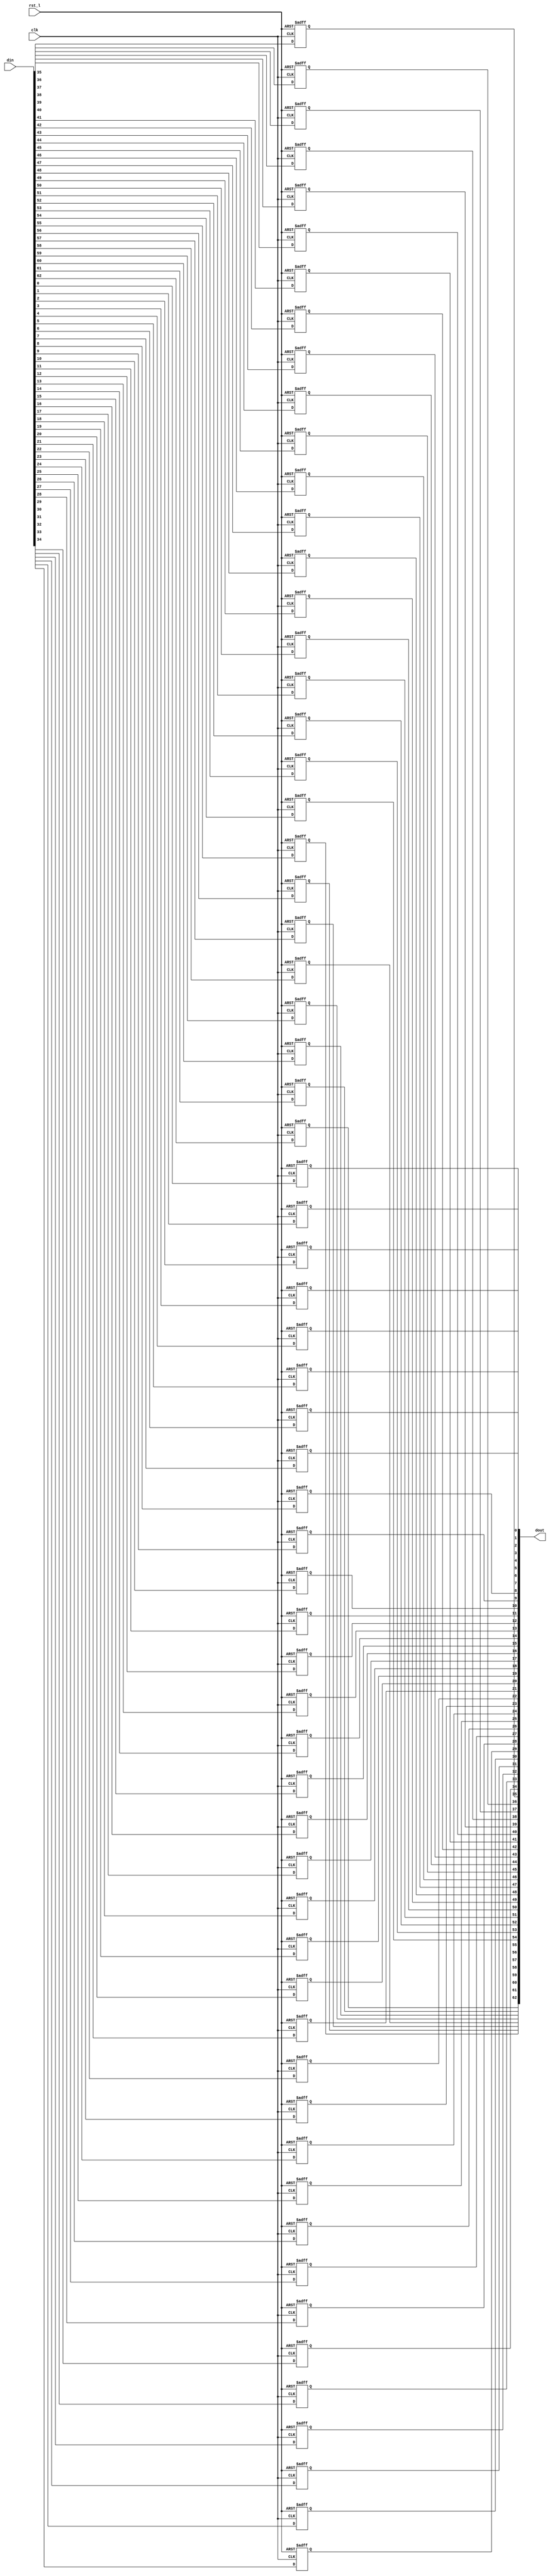
module rvdff_WIDTH63
(
  din,
  clk,
  rst_l,
  dout
);

  input [62:0] din;
  output [62:0] dout;
  input clk;
  input rst_l;
  wire N0;
  reg [62:0] dout;

  always @(posedge clk or posedge N0) begin
    if(N0) begin
      dout[62] <= 1'b0;
    end else if(1'b1) begin
      dout[62] <= din[62];
    end
  end


  always @(posedge clk or posedge N0) begin
    if(N0) begin
      dout[61] <= 1'b0;
    end else if(1'b1) begin
      dout[61] <= din[61];
    end
  end


  always @(posedge clk or posedge N0) begin
    if(N0) begin
      dout[60] <= 1'b0;
    end else if(1'b1) begin
      dout[60] <= din[60];
    end
  end


  always @(posedge clk or posedge N0) begin
    if(N0) begin
      dout[59] <= 1'b0;
    end else if(1'b1) begin
      dout[59] <= din[59];
    end
  end


  always @(posedge clk or posedge N0) begin
    if(N0) begin
      dout[58] <= 1'b0;
    end else if(1'b1) begin
      dout[58] <= din[58];
    end
  end


  always @(posedge clk or posedge N0) begin
    if(N0) begin
      dout[57] <= 1'b0;
    end else if(1'b1) begin
      dout[57] <= din[57];
    end
  end


  always @(posedge clk or posedge N0) begin
    if(N0) begin
      dout[56] <= 1'b0;
    end else if(1'b1) begin
      dout[56] <= din[56];
    end
  end


  always @(posedge clk or posedge N0) begin
    if(N0) begin
      dout[55] <= 1'b0;
    end else if(1'b1) begin
      dout[55] <= din[55];
    end
  end


  always @(posedge clk or posedge N0) begin
    if(N0) begin
      dout[54] <= 1'b0;
    end else if(1'b1) begin
      dout[54] <= din[54];
    end
  end


  always @(posedge clk or posedge N0) begin
    if(N0) begin
      dout[53] <= 1'b0;
    end else if(1'b1) begin
      dout[53] <= din[53];
    end
  end


  always @(posedge clk or posedge N0) begin
    if(N0) begin
      dout[52] <= 1'b0;
    end else if(1'b1) begin
      dout[52] <= din[52];
    end
  end


  always @(posedge clk or posedge N0) begin
    if(N0) begin
      dout[51] <= 1'b0;
    end else if(1'b1) begin
      dout[51] <= din[51];
    end
  end


  always @(posedge clk or posedge N0) begin
    if(N0) begin
      dout[50] <= 1'b0;
    end else if(1'b1) begin
      dout[50] <= din[50];
    end
  end


  always @(posedge clk or posedge N0) begin
    if(N0) begin
      dout[49] <= 1'b0;
    end else if(1'b1) begin
      dout[49] <= din[49];
    end
  end


  always @(posedge clk or posedge N0) begin
    if(N0) begin
      dout[48] <= 1'b0;
    end else if(1'b1) begin
      dout[48] <= din[48];
    end
  end


  always @(posedge clk or posedge N0) begin
    if(N0) begin
      dout[47] <= 1'b0;
    end else if(1'b1) begin
      dout[47] <= din[47];
    end
  end


  always @(posedge clk or posedge N0) begin
    if(N0) begin
      dout[46] <= 1'b0;
    end else if(1'b1) begin
      dout[46] <= din[46];
    end
  end


  always @(posedge clk or posedge N0) begin
    if(N0) begin
      dout[45] <= 1'b0;
    end else if(1'b1) begin
      dout[45] <= din[45];
    end
  end


  always @(posedge clk or posedge N0) begin
    if(N0) begin
      dout[44] <= 1'b0;
    end else if(1'b1) begin
      dout[44] <= din[44];
    end
  end


  always @(posedge clk or posedge N0) begin
    if(N0) begin
      dout[43] <= 1'b0;
    end else if(1'b1) begin
      dout[43] <= din[43];
    end
  end


  always @(posedge clk or posedge N0) begin
    if(N0) begin
      dout[42] <= 1'b0;
    end else if(1'b1) begin
      dout[42] <= din[42];
    end
  end


  always @(posedge clk or posedge N0) begin
    if(N0) begin
      dout[41] <= 1'b0;
    end else if(1'b1) begin
      dout[41] <= din[41];
    end
  end


  always @(posedge clk or posedge N0) begin
    if(N0) begin
      dout[40] <= 1'b0;
    end else if(1'b1) begin
      dout[40] <= din[40];
    end
  end


  always @(posedge clk or posedge N0) begin
    if(N0) begin
      dout[39] <= 1'b0;
    end else if(1'b1) begin
      dout[39] <= din[39];
    end
  end


  always @(posedge clk or posedge N0) begin
    if(N0) begin
      dout[38] <= 1'b0;
    end else if(1'b1) begin
      dout[38] <= din[38];
    end
  end


  always @(posedge clk or posedge N0) begin
    if(N0) begin
      dout[37] <= 1'b0;
    end else if(1'b1) begin
      dout[37] <= din[37];
    end
  end


  always @(posedge clk or posedge N0) begin
    if(N0) begin
      dout[36] <= 1'b0;
    end else if(1'b1) begin
      dout[36] <= din[36];
    end
  end


  always @(posedge clk or posedge N0) begin
    if(N0) begin
      dout[35] <= 1'b0;
    end else if(1'b1) begin
      dout[35] <= din[35];
    end
  end


  always @(posedge clk or posedge N0) begin
    if(N0) begin
      dout[34] <= 1'b0;
    end else if(1'b1) begin
      dout[34] <= din[34];
    end
  end


  always @(posedge clk or posedge N0) begin
    if(N0) begin
      dout[33] <= 1'b0;
    end else if(1'b1) begin
      dout[33] <= din[33];
    end
  end


  always @(posedge clk or posedge N0) begin
    if(N0) begin
      dout[32] <= 1'b0;
    end else if(1'b1) begin
      dout[32] <= din[32];
    end
  end


  always @(posedge clk or posedge N0) begin
    if(N0) begin
      dout[31] <= 1'b0;
    end else if(1'b1) begin
      dout[31] <= din[31];
    end
  end


  always @(posedge clk or posedge N0) begin
    if(N0) begin
      dout[30] <= 1'b0;
    end else if(1'b1) begin
      dout[30] <= din[30];
    end
  end


  always @(posedge clk or posedge N0) begin
    if(N0) begin
      dout[29] <= 1'b0;
    end else if(1'b1) begin
      dout[29] <= din[29];
    end
  end


  always @(posedge clk or posedge N0) begin
    if(N0) begin
      dout[28] <= 1'b0;
    end else if(1'b1) begin
      dout[28] <= din[28];
    end
  end


  always @(posedge clk or posedge N0) begin
    if(N0) begin
      dout[27] <= 1'b0;
    end else if(1'b1) begin
      dout[27] <= din[27];
    end
  end


  always @(posedge clk or posedge N0) begin
    if(N0) begin
      dout[26] <= 1'b0;
    end else if(1'b1) begin
      dout[26] <= din[26];
    end
  end


  always @(posedge clk or posedge N0) begin
    if(N0) begin
      dout[25] <= 1'b0;
    end else if(1'b1) begin
      dout[25] <= din[25];
    end
  end


  always @(posedge clk or posedge N0) begin
    if(N0) begin
      dout[24] <= 1'b0;
    end else if(1'b1) begin
      dout[24] <= din[24];
    end
  end


  always @(posedge clk or posedge N0) begin
    if(N0) begin
      dout[23] <= 1'b0;
    end else if(1'b1) begin
      dout[23] <= din[23];
    end
  end


  always @(posedge clk or posedge N0) begin
    if(N0) begin
      dout[22] <= 1'b0;
    end else if(1'b1) begin
      dout[22] <= din[22];
    end
  end


  always @(posedge clk or posedge N0) begin
    if(N0) begin
      dout[21] <= 1'b0;
    end else if(1'b1) begin
      dout[21] <= din[21];
    end
  end


  always @(posedge clk or posedge N0) begin
    if(N0) begin
      dout[20] <= 1'b0;
    end else if(1'b1) begin
      dout[20] <= din[20];
    end
  end


  always @(posedge clk or posedge N0) begin
    if(N0) begin
      dout[19] <= 1'b0;
    end else if(1'b1) begin
      dout[19] <= din[19];
    end
  end


  always @(posedge clk or posedge N0) begin
    if(N0) begin
      dout[18] <= 1'b0;
    end else if(1'b1) begin
      dout[18] <= din[18];
    end
  end


  always @(posedge clk or posedge N0) begin
    if(N0) begin
      dout[17] <= 1'b0;
    end else if(1'b1) begin
      dout[17] <= din[17];
    end
  end


  always @(posedge clk or posedge N0) begin
    if(N0) begin
      dout[16] <= 1'b0;
    end else if(1'b1) begin
      dout[16] <= din[16];
    end
  end


  always @(posedge clk or posedge N0) begin
    if(N0) begin
      dout[15] <= 1'b0;
    end else if(1'b1) begin
      dout[15] <= din[15];
    end
  end


  always @(posedge clk or posedge N0) begin
    if(N0) begin
      dout[14] <= 1'b0;
    end else if(1'b1) begin
      dout[14] <= din[14];
    end
  end


  always @(posedge clk or posedge N0) begin
    if(N0) begin
      dout[13] <= 1'b0;
    end else if(1'b1) begin
      dout[13] <= din[13];
    end
  end


  always @(posedge clk or posedge N0) begin
    if(N0) begin
      dout[12] <= 1'b0;
    end else if(1'b1) begin
      dout[12] <= din[12];
    end
  end


  always @(posedge clk or posedge N0) begin
    if(N0) begin
      dout[11] <= 1'b0;
    end else if(1'b1) begin
      dout[11] <= din[11];
    end
  end


  always @(posedge clk or posedge N0) begin
    if(N0) begin
      dout[10] <= 1'b0;
    end else if(1'b1) begin
      dout[10] <= din[10];
    end
  end


  always @(posedge clk or posedge N0) begin
    if(N0) begin
      dout[9] <= 1'b0;
    end else if(1'b1) begin
      dout[9] <= din[9];
    end
  end


  always @(posedge clk or posedge N0) begin
    if(N0) begin
      dout[8] <= 1'b0;
    end else if(1'b1) begin
      dout[8] <= din[8];
    end
  end


  always @(posedge clk or posedge N0) begin
    if(N0) begin
      dout[7] <= 1'b0;
    end else if(1'b1) begin
      dout[7] <= din[7];
    end
  end


  always @(posedge clk or posedge N0) begin
    if(N0) begin
      dout[6] <= 1'b0;
    end else if(1'b1) begin
      dout[6] <= din[6];
    end
  end


  always @(posedge clk or posedge N0) begin
    if(N0) begin
      dout[5] <= 1'b0;
    end else if(1'b1) begin
      dout[5] <= din[5];
    end
  end


  always @(posedge clk or posedge N0) begin
    if(N0) begin
      dout[4] <= 1'b0;
    end else if(1'b1) begin
      dout[4] <= din[4];
    end
  end


  always @(posedge clk or posedge N0) begin
    if(N0) begin
      dout[3] <= 1'b0;
    end else if(1'b1) begin
      dout[3] <= din[3];
    end
  end


  always @(posedge clk or posedge N0) begin
    if(N0) begin
      dout[2] <= 1'b0;
    end else if(1'b1) begin
      dout[2] <= din[2];
    end
  end


  always @(posedge clk or posedge N0) begin
    if(N0) begin
      dout[1] <= 1'b0;
    end else if(1'b1) begin
      dout[1] <= din[1];
    end
  end


  always @(posedge clk or posedge N0) begin
    if(N0) begin
      dout[0] <= 1'b0;
    end else if(1'b1) begin
      dout[0] <= din[0];
    end
  end

  assign N0 = ~rst_l;

endmodule